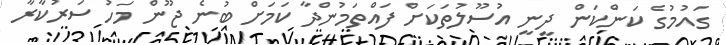
ގައުމުގެ ކަންކަން ދީނީ އުސޫލުތަކަށް ފައްތަމުންދާ ކަމަށް ބުނެ ޖޫން މަހު ސަރުކާރާ